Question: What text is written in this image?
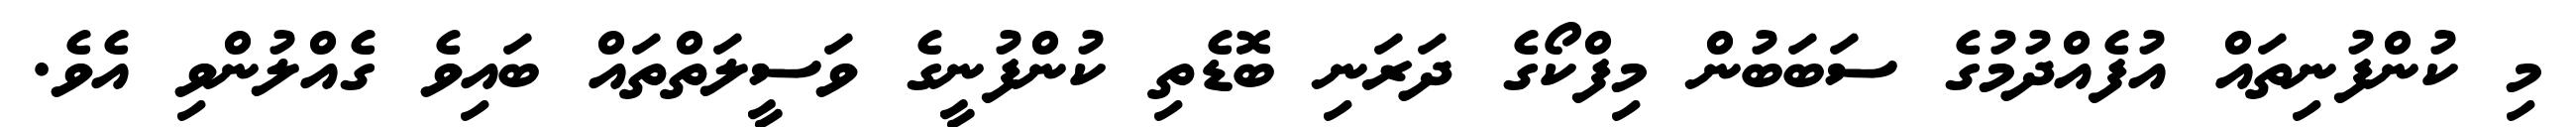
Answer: މި ކުންފުނިތައް އުފެއްދުމުގެ ސަބަބުން މިފްކޯގެ ދަރަނި ބޮޑެތި ކުންފުނީގެ ވަސީލަތްތައް ބައިވެ ގެއްލުންވި އެވެ.